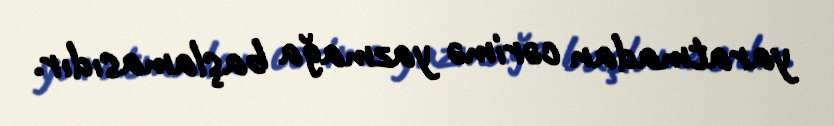
yaratmadan cərimə yazmağa başlamasıdır.